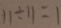
1 1 \div 1 1 = 1